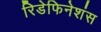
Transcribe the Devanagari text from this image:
रिडेफिनेशंस